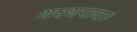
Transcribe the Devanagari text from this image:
थपथपाया।